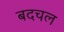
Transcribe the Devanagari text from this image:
बदचल